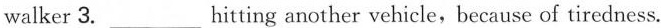
walker 3. ___ hitting another vehicle,because of tiredness. "